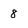
Character: 8